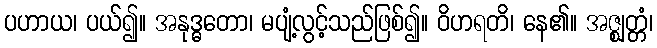
ပဟာယ၊ ပယ်၍။ အနုဒ္ဓတော၊ မပျံ့လွင့်သည်ဖြစ်၍။ ဝိဟရတိ၊ နေ၏။ အဇ္ဈတ္တံ၊